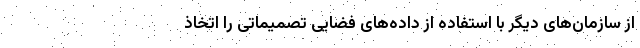
از سازمان‌های دیگر با استفاده از داده‌های فضایی تصمیماتی را اتخاذ